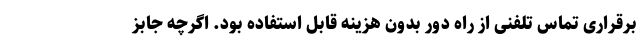
برقراری تماس تلفنی از راه دور بدون هزینه قابل استفاده بود. اگرچه جابز